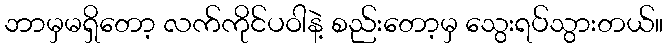
ဘာမှမရှိတော့ လက်ကိုင်ပဝါနဲ့ စည်းတော့မှ သွေးရပ်သွားတယ်။